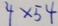
4 \times 5 4